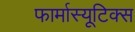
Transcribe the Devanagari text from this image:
फार्मास्यूटिक्स